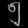
Digit: ၅